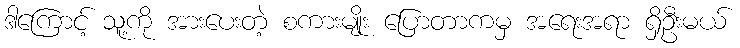
ဒါကြောင့် သူ့ကို အားပေးတဲ့ စကားမျိုး ပြောတာကမှ အရေးအရာ ရှိဦးမယ်